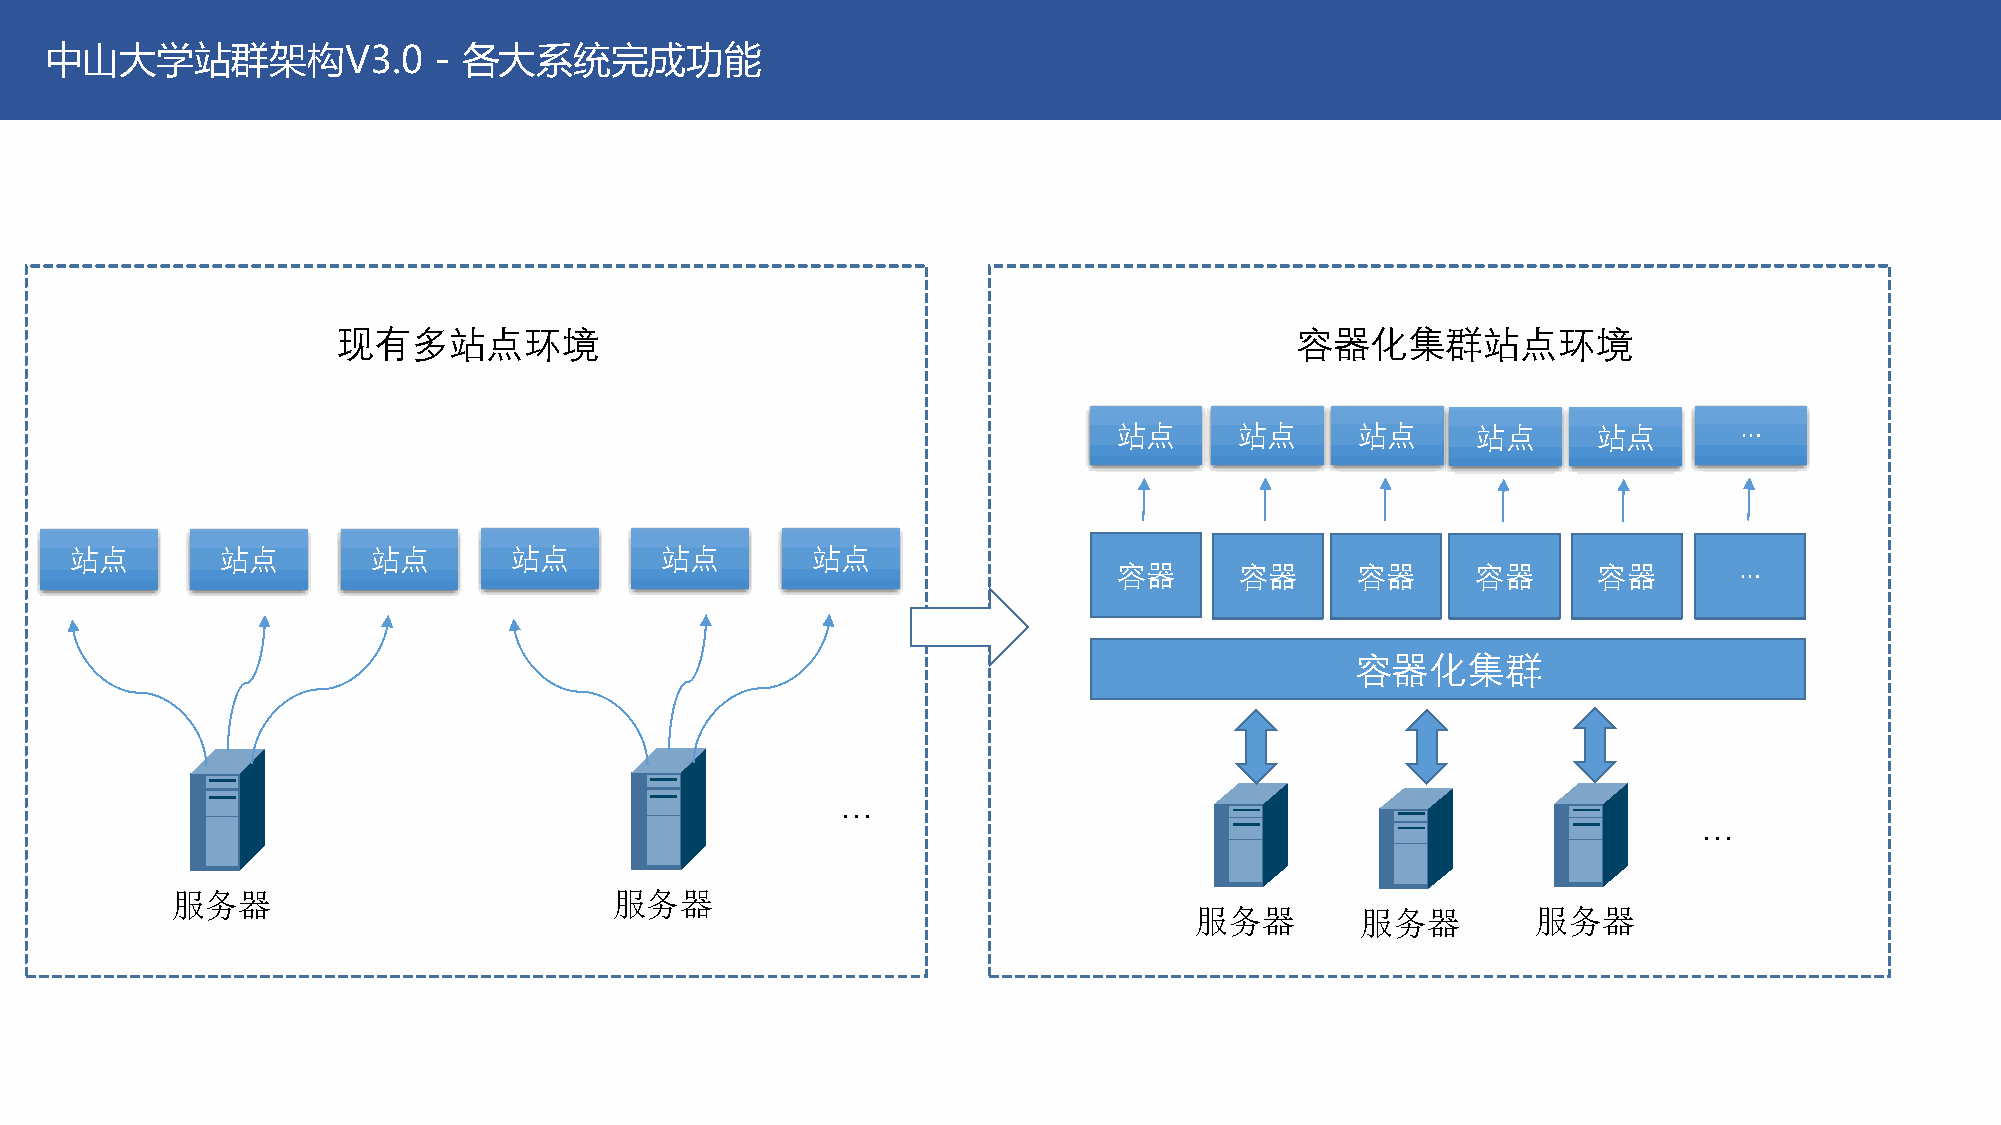
中山大学站群架构V3.0              - 各大系统完成功能
 现有多站点环境                                                         容器化集群站点环境
 站点      站点      站点      站点      站点       …
 站点        站点        站点       站点        站点        站点
 容器      容器      容器      容器      容器       …
 容器化集群
 …
 …
 服务器                           服务器
 服务器        服务器         服务器